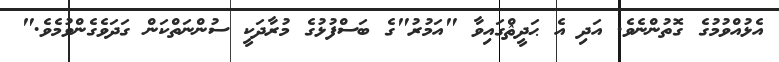
އެޅުއްވުމުގެ ގޮތުންނެވެ. އަދި އެ ޙަދީޘްގައިވާ "އަމުރު"ގެ ބަސްފުޅުގެ މުރާދަކީ ސުންނަތްކަން ގަދަވެގެންވުމެވެ."